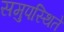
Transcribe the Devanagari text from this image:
समुपस्थिते